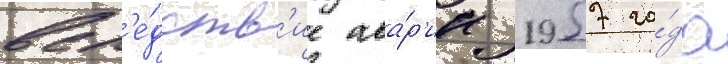
всл'е́дств'ие ава́р'ии 1957 го́да